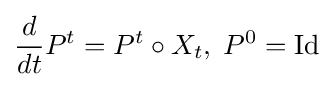
{\frac {d}{dt}}P^{t}=P^{t}\circ X_{t},\;P^{0}=\mathrm {Id}